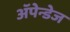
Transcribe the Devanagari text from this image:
अॅपेन्डेज